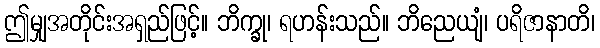
ဤမျှအတိုင်းအရှည်ဖြင့်။ ဘိက္ခု၊ ရဟန်းသည်။ ဘိညေယျံ၊ ပရိဇာနာတိ၊